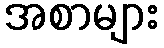
အစာများ